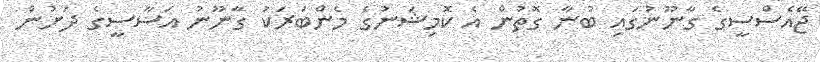
ޖޭއެސްސީގެ ގާނޫނުގައި ބުނާ ގޮތުން އެ ކޮމިޝަނުގެ މެންބަރަކު ގާނޫނު އަސާސީގެ ދަށުން